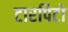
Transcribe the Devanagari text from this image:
टारपिटो